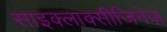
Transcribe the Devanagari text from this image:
साइक्लाक्सीजिनेज़